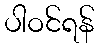
ပါဝင်ရန်